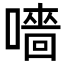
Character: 𡀁